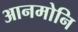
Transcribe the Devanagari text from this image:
आनमोनि